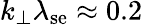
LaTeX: k_{\bot}\lambda_{\mathrm{se}}\approx 0.2